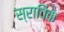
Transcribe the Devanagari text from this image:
स्राविक